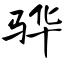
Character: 骅